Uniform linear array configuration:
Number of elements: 48
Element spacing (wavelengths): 1
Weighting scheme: hamming
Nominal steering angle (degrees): -45
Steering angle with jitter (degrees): -44.432
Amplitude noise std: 0.05
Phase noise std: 0.05

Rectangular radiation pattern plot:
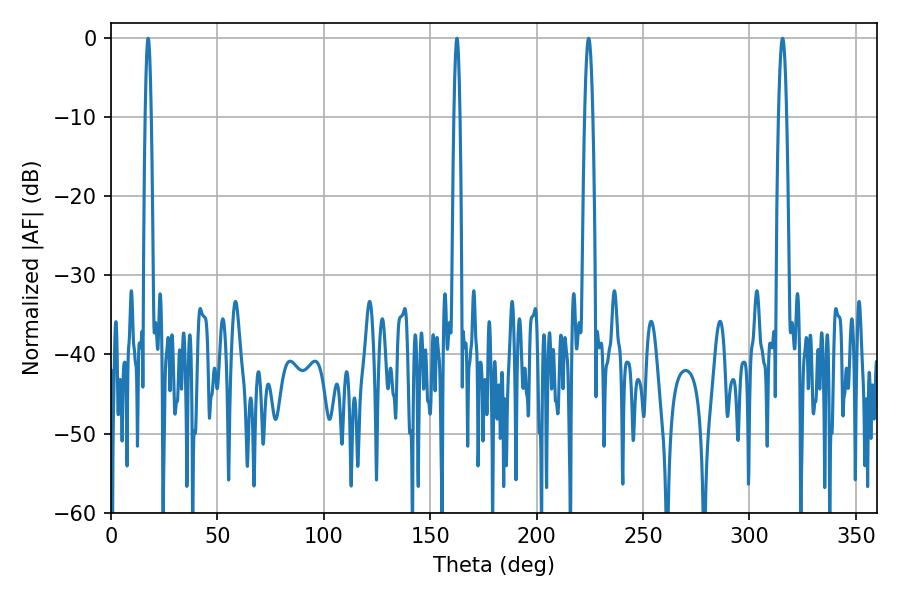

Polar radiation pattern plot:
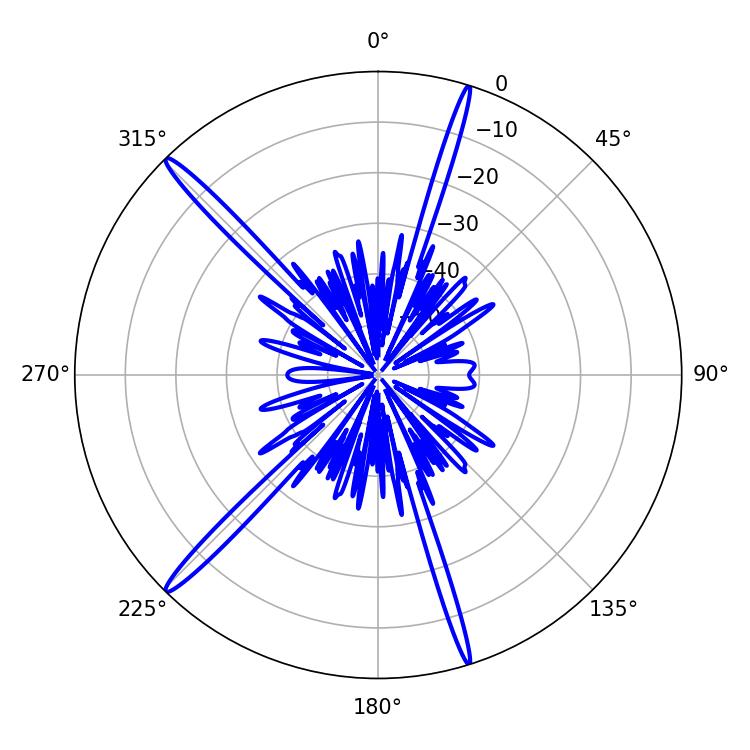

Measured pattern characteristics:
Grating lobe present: TRUE
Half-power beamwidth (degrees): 1.44
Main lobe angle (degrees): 17.46